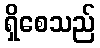
ရှိစေသည်